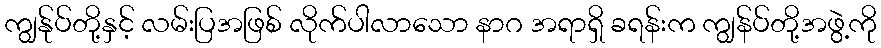
ကျွန်ုပ်တို့နှင့် လမ်းပြအဖြစ် လိုက်ပါလာသော နာဂ အရာရှိ ခရန်းက ကျွန်ပ်တို့အဖွဲ့ကို